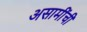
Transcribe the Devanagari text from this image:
असामींची